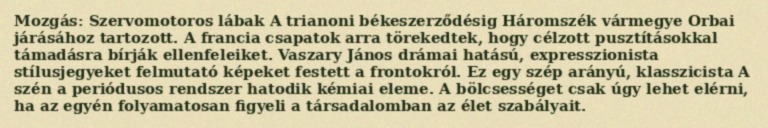
Mozgás: Szervomotoros lábak A trianoni békeszerződésig Háromszék vármegye Orbai járásához tartozott. A francia csapatok arra törekedtek, hogy célzott pusztításokkal támadásra bírják ellenfeleiket. Vaszary János drámai hatású, expresszionista stílusjegyeket felmutató képeket festett a frontokról. Ez egy szép arányú, klasszicista A szén a periódusos rendszer hatodik kémiai eleme. A bölcsességet csak úgy lehet elérni, ha az egyén folyamatosan figyeli a társadalomban az élet szabályait.